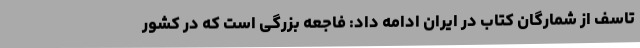
تاسف از شمارگان کتاب در ایران ادامه داد: فاجعه بزرگی است که در کشور